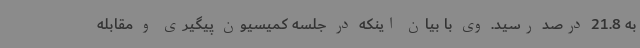
به 21.8 درصد رسید. وی با بیان اینکه در جلسه کمیسیون پیگیری و مقابله